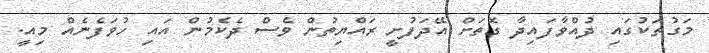
މަގުތަކުގައި ދުއްވާފައިދާ ގޮތަށް އޭދަފުށީ ރައްޔިތުން ވެސް ދެކެމުން އައި ހުވަފެނެއް މިއީ.